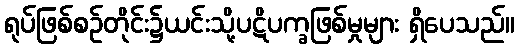
ရုပ်ဖြစ်စဉ်တိုင်း၌ယင်းသို့ပဋိပက္ခဖြစ်မှုများ ရှိပေသည်။